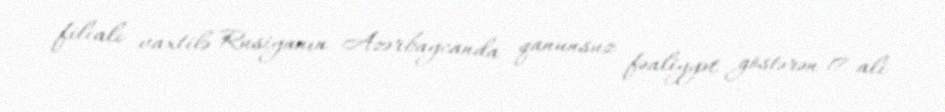
filialı vaxtilə Rusiyanın Azərbaycanda qanunsuz fəaliyyət göstərən 17 ali